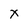
Character: x